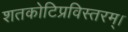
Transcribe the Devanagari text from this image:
शतकोटिप्रविस्तरम्‌।